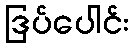
ဒြပ်ပေါင်း